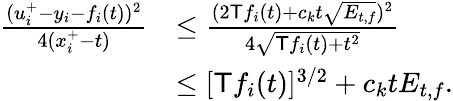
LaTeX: \begin{array}{rl}{\frac{(u_{i}^{+}-y_{i}-f_{i}(t))^{2}}{4(x_{i}^{+}-t)}}&{\le\frac{(2\textsf{T}f_{i}(t)+c_{k}t\sqrt{E_{t,f}})^{2}}{4\sqrt{\textsf{T}f_{i}(t)+t^{2}}}}\\ &{\le[\textsf{T}f_{i}(t)]^{3/2}+c_{k}tE_{t,f}.}\end{array}